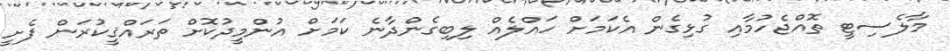
މާލެސިޓީ ތޮއްޖެހުމާއި ގުޅިގެން އެކަމަށް ހައްލެއް ލިބިގެންދާނެ ކަމަށް އުންމީދުކޮށް ތަރައްޤީކުރަން ފެށީ